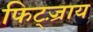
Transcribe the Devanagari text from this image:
फिट्ज़्राय